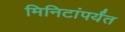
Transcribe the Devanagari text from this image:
मिनिटांपर्यंत